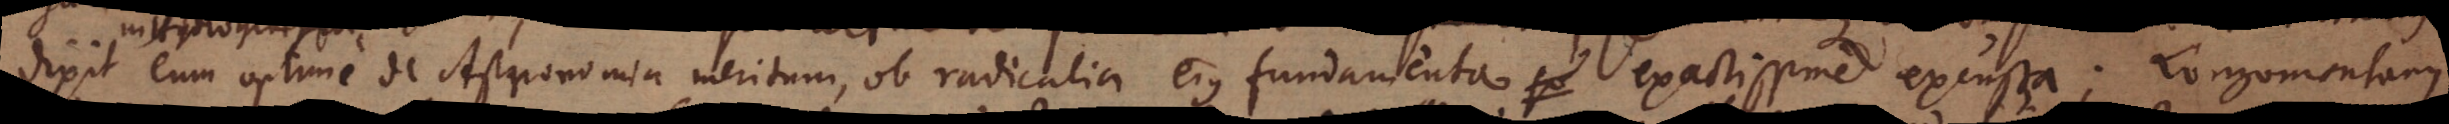
dixit eum optime de Astronomia meritum, ob radicalia ejus fundamenta exactissime excussa; Longomontanus